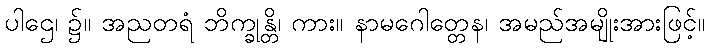
ပါဌေ၊ ၌။ အညတရံ ဘိက္ခုန္တိ၊ ကား။ နာမဂေါတ္တေန၊ အမည်အမျိုးအားဖြင့်။